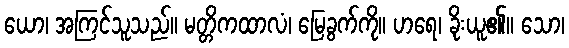
ယော၊ အကြင်သူသည်။ မတ္တိကထာလံ၊ မြေခွက်ကို။ ဟရေ၊ ခိုးယူ၏။ သော၊